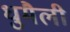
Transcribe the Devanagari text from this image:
धुमैली